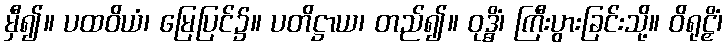
မှီ၍။ ပထဝိယံ၊ မြေပြင်၌။ ပတိဋ္ဌာယ၊ တည်၍။ ဝုဒ္ဓိံ၊ ကြီးပွားခြင်းသို့။ ဝိရုဠှိံ၊